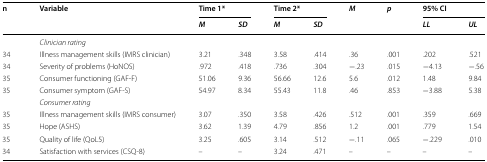
| <ROWSPAN=2> n | <ROWSPAN=2> Variable | <COLSPAN=2> Time 1* | <COLSPAN=2> Time 2* | <ROWSPAN=2> M | <ROWSPAN=2> p | <COLSPAN=2> 95% CI |
 | M | SD | M | SD | LL | UL |
 | --- | --- | --- | --- | --- | --- | --- | --- | --- | --- |
 |  | <COLSPAN=9> Clinician rating |
 | 34 | Illness management skills (IMRS clinician) | 3.21 | .348 | 3.58 | .414 | .36 | .001 | .202 | .521 |
 | 34 | Severity of problems (HoNOS) | .972 | .418 | .736 | .304 | −.23 | .015 | −4.13 | −.56 |
 | 35 | Consumer functioning (GAF-F) | 51.06 | 9.36 | 56.66 | 12.6 | 5.6 | .012 | 1.48 | 9.84 |
 | 35 | Consumer symptom (GAF-S) | 54.97 | 8.34 | 55.43 | 11.8 | .46 | .853 | −3.88 | 5.38 |
 |  | <COLSPAN=9> Consumer rating |
 | 35 | Illness management skills (IMRS consumer) | 3.07 | .350 | 3.58 | .426 | .512 | .001 | .359 | .669 |
 | 35 | Hope (ASHS) | 3.62 | 1.39 | 4.79 | .856 | 1.2 | .001 | .779 | 1.54 |
 | 35 | Quality of life (QoL5) | 3.25 | .605 | 3.14 | .512 | −.11 | .065 | −.229 | .010 |
 | 34 | Satisfaction with services (CSQ-8) | – | – | 3.24 | .471 | – | – | – | – |